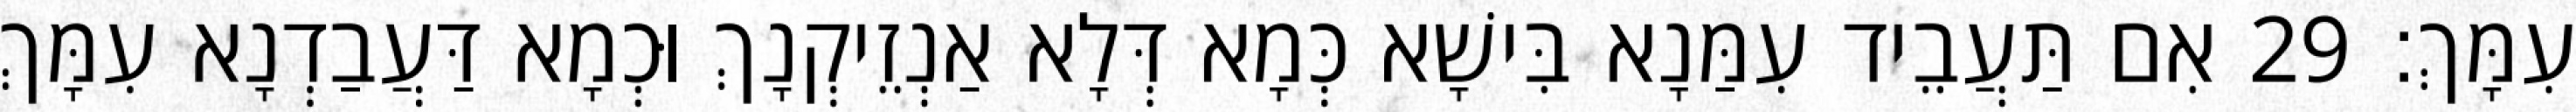
עִמָּךְ׃ 29 אִם תַּעֲבֵיד עִמַּנָא בִּישָׁא כְּמָא דְּלָא אַנְזֵיקְנָךְ וּכְמָא דַּעֲבַדְנָא עִמָּךְ